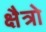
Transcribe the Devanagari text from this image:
क्षैत्रो